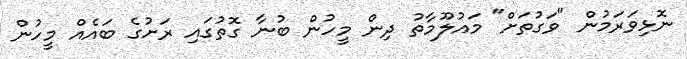
ނޮޅިވަރަމުން "ވަގުތަށް" މައުލޫމާތު ދިން މީހުން ބުނާ ގޮތުގައި ރަށުގެ ބައެއް މީހުން